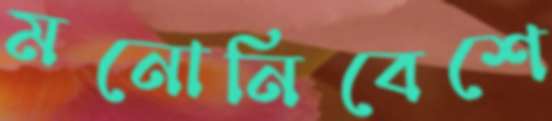
মনোনিবেশে